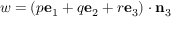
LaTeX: w = ( p \mathbf { e } _ { 1 } + q \mathbf { e } _ { 2 } + r \mathbf { e } _ { 3 } ) \cdot \mathbf { n } _ { 3 }